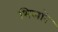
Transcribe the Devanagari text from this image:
भिलारे